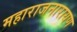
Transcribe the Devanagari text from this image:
महाराजनारायण